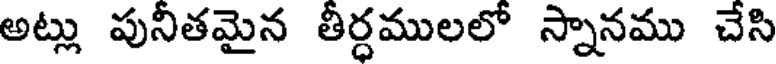
అట్లు పునీతమైన తీర్ధములలో స్నానము చేసి